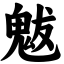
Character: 魃